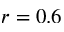
r = 0 . 6